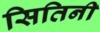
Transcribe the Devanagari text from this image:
सितिनी